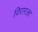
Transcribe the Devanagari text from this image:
विरारला